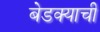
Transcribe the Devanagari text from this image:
बेडक्याची